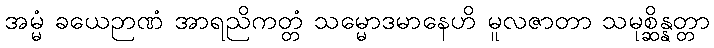
အမ္မံ ခယေဉာဏံ အာရညိကတ္တံ သမ္မောဒမာနေဟိ မူလဇာတာ သမုစ္ဆိန္နတ္တာ